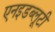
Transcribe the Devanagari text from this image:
एनइडब्लूटी